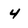
Character: 4